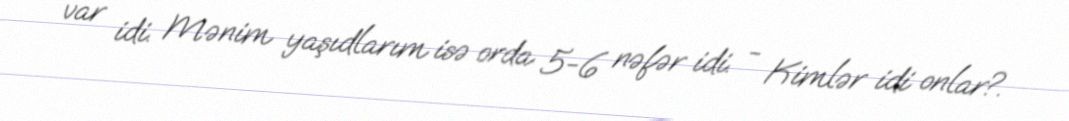
var idi. Mənim yaşıdlarım isə orda 5-6 nəfər idi. - Kimlər idi onlar?.